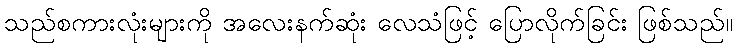
သည်စကားလုံးများကို အလေးနက်ဆုံး လေသံဖြင့် ပြောလိုက်ခြင်း ဖြစ်သည်။